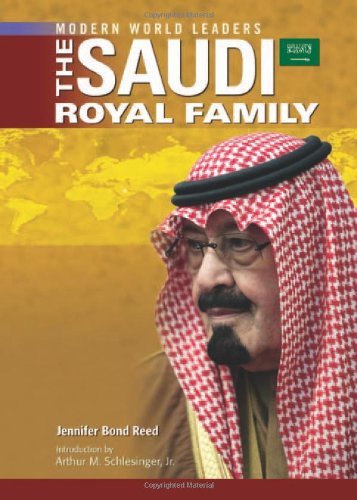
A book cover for The Saudi Royal Family (Modern World Leaders); Jennifer Bond Reed; Teen & Young Adult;